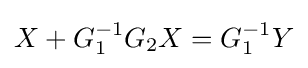
X+G_{1}^{-1}G_{2}X=G_{1}^{-1}Y